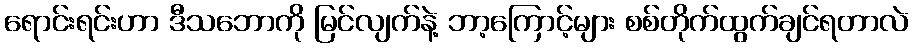
ရောင်းရင်းဟာ ဒီသဘောကို မြင်လျက်နဲ့ ဘာ့ကြောင့်များ စစ်တိုက်ထွက်ချင်ရတာလဲ